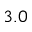
3 . 0